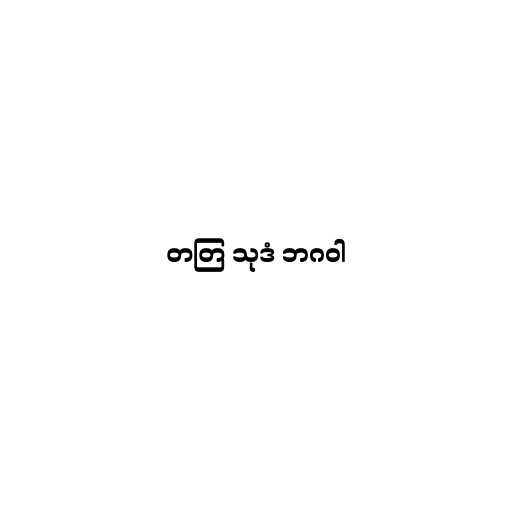
တတြ သုဒံ ဘဂဝါ